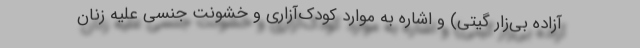
آزاده بی‌زار گیتی) و اشاره به موارد کودک‌آزاری و خشونت جنسی علیه زنان